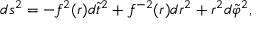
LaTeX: d s ^ { 2 } = - f ^ { 2 } ( r ) d \tilde { t } ^ { 2 } + f ^ { - 2 } ( r ) d r ^ { 2 } + r ^ { 2 } d \tilde { \varphi } ^ { 2 } ,